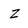
Character: z